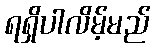
ရရှိပါလိမ့်မည်